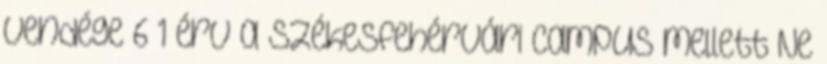
vendége 6 1 érv a Székesfehérvári Campus mellett Ne